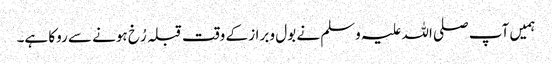
ہمیں آپ صلی اللہ علیہ وسلم نے بول و براز کے وقت قبلہ رُخ ہونے سے روکا ہے۔